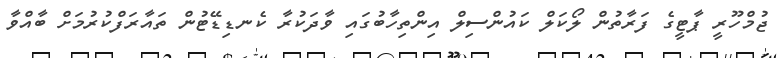
ޖުމްހޫރީ ޕާޓީގެ ފަރާތުން ލޯކަލް ކައުންސިލް އިންތިހާބުގައި ވާދަކުރާ ކެނޑިޑޭޓުން ތައާރަފްކުރުމަށް ބާއްވާ